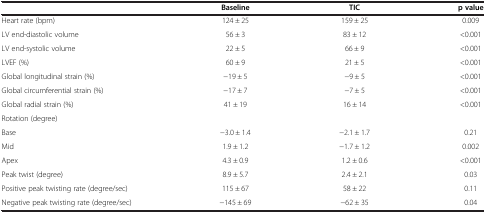
<table><thead><tr><td><b> </b></td><td><b>Baseline</b></td><td><b>TIC</b></td><td><b>p value</b></td></tr></thead><tbody><tr><td>Heart rate (bpm)</td><td>124 ± 25</td><td>159 ± 25</td><td>0.009</td></tr><tr><td>LV end-diastolic volume</td><td>56 ± 3</td><td>83 ± 12</td><td>&lt;0.001</td></tr><tr><td>LV end-systolic volume</td><td>22 ± 5</td><td>66 ± 9</td><td>&lt;0.001</td></tr><tr><td>LVEF (%)</td><td>60 ± 9</td><td>21 ± 5</td><td>&lt;0.001</td></tr><tr><td>Global longitudinal strain (%)</td><td>-19 ± 5</td><td>-9 ± 5</td><td>&lt;0.001</td></tr><tr><td>Global circumferential strain (%)</td><td>-17 ± 7</td><td>-7 ± 5</td><td>&lt;0.001</td></tr><tr><td>Global radial strain (%)</td><td>41 ± 19</td><td>16 ± 14</td><td>&lt;0.001</td></tr><tr><td>Rotation (degree)</td><td> </td><td> </td><td> </td></tr><tr><td>Base</td><td>-3.0 ± 1.4</td><td>-2.1 ± 1.7</td><td>0.21</td></tr><tr><td>Mid</td><td>1.9 ± 1.2</td><td>-1.7 ± 1.2</td><td>0.002</td></tr><tr><td>Apex</td><td>4.3 ± 0.9</td><td>1.2 ± 0.6</td><td>&lt;0.001</td></tr><tr><td>Peak twist (degree)</td><td>8.9 ± 5.7</td><td>2.4 ± 2.1</td><td>0.03</td></tr><tr><td>Positive peak twisting rate (degree/sec)</td><td>115 ± 67</td><td>58 ± 22</td><td>0.11</td></tr><tr><td>Negative peak twisting rate (degree/sec)</td><td>-145 ± 69</td><td>-62 ± 35</td><td>0.04</td></tr></tbody></table>